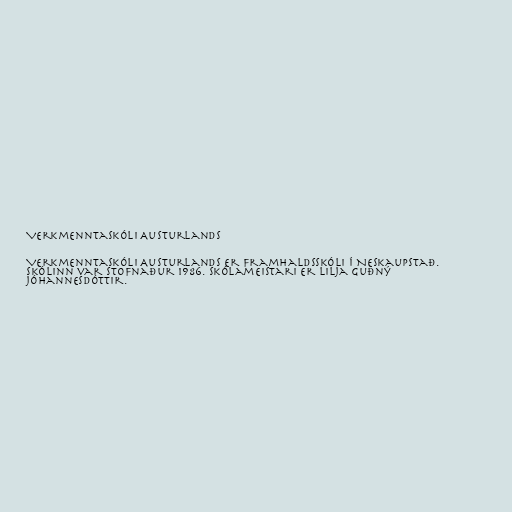
Verkmenntaskóli Austurlands

Verkmenntaskóli Austurlands er framhaldsskóli í Neskaupstað.
Skólinn var stofnaður 1986. Skólameistari er Lilja Guðný
Jóhannesdóttir.